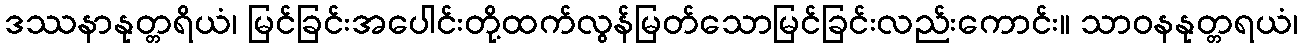
ဒဿနာနုတ္တရိယံ၊ မြင်ခြင်းအပေါင်းတို့ထက်လွန်မြတ်သောမြင်ခြင်းလည်းကောင်း။ သာဝနနုတ္တရယံ၊